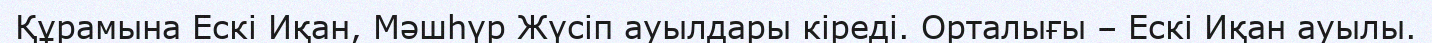
Құрамына Ескі Иқан, Мәшһүр Жүсіп ауылдары кіреді. Орталығы – Ескі Иқан ауылы.